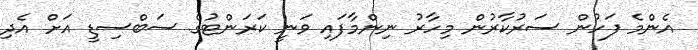
އެންމެ ފަހުން ސަރުކާރުން މިހާރު ނިންމާފައި ވަނީ ކަރަންޓުގެ ސަބްސިޑީ އަށް އެދި